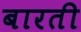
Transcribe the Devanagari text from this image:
बारती